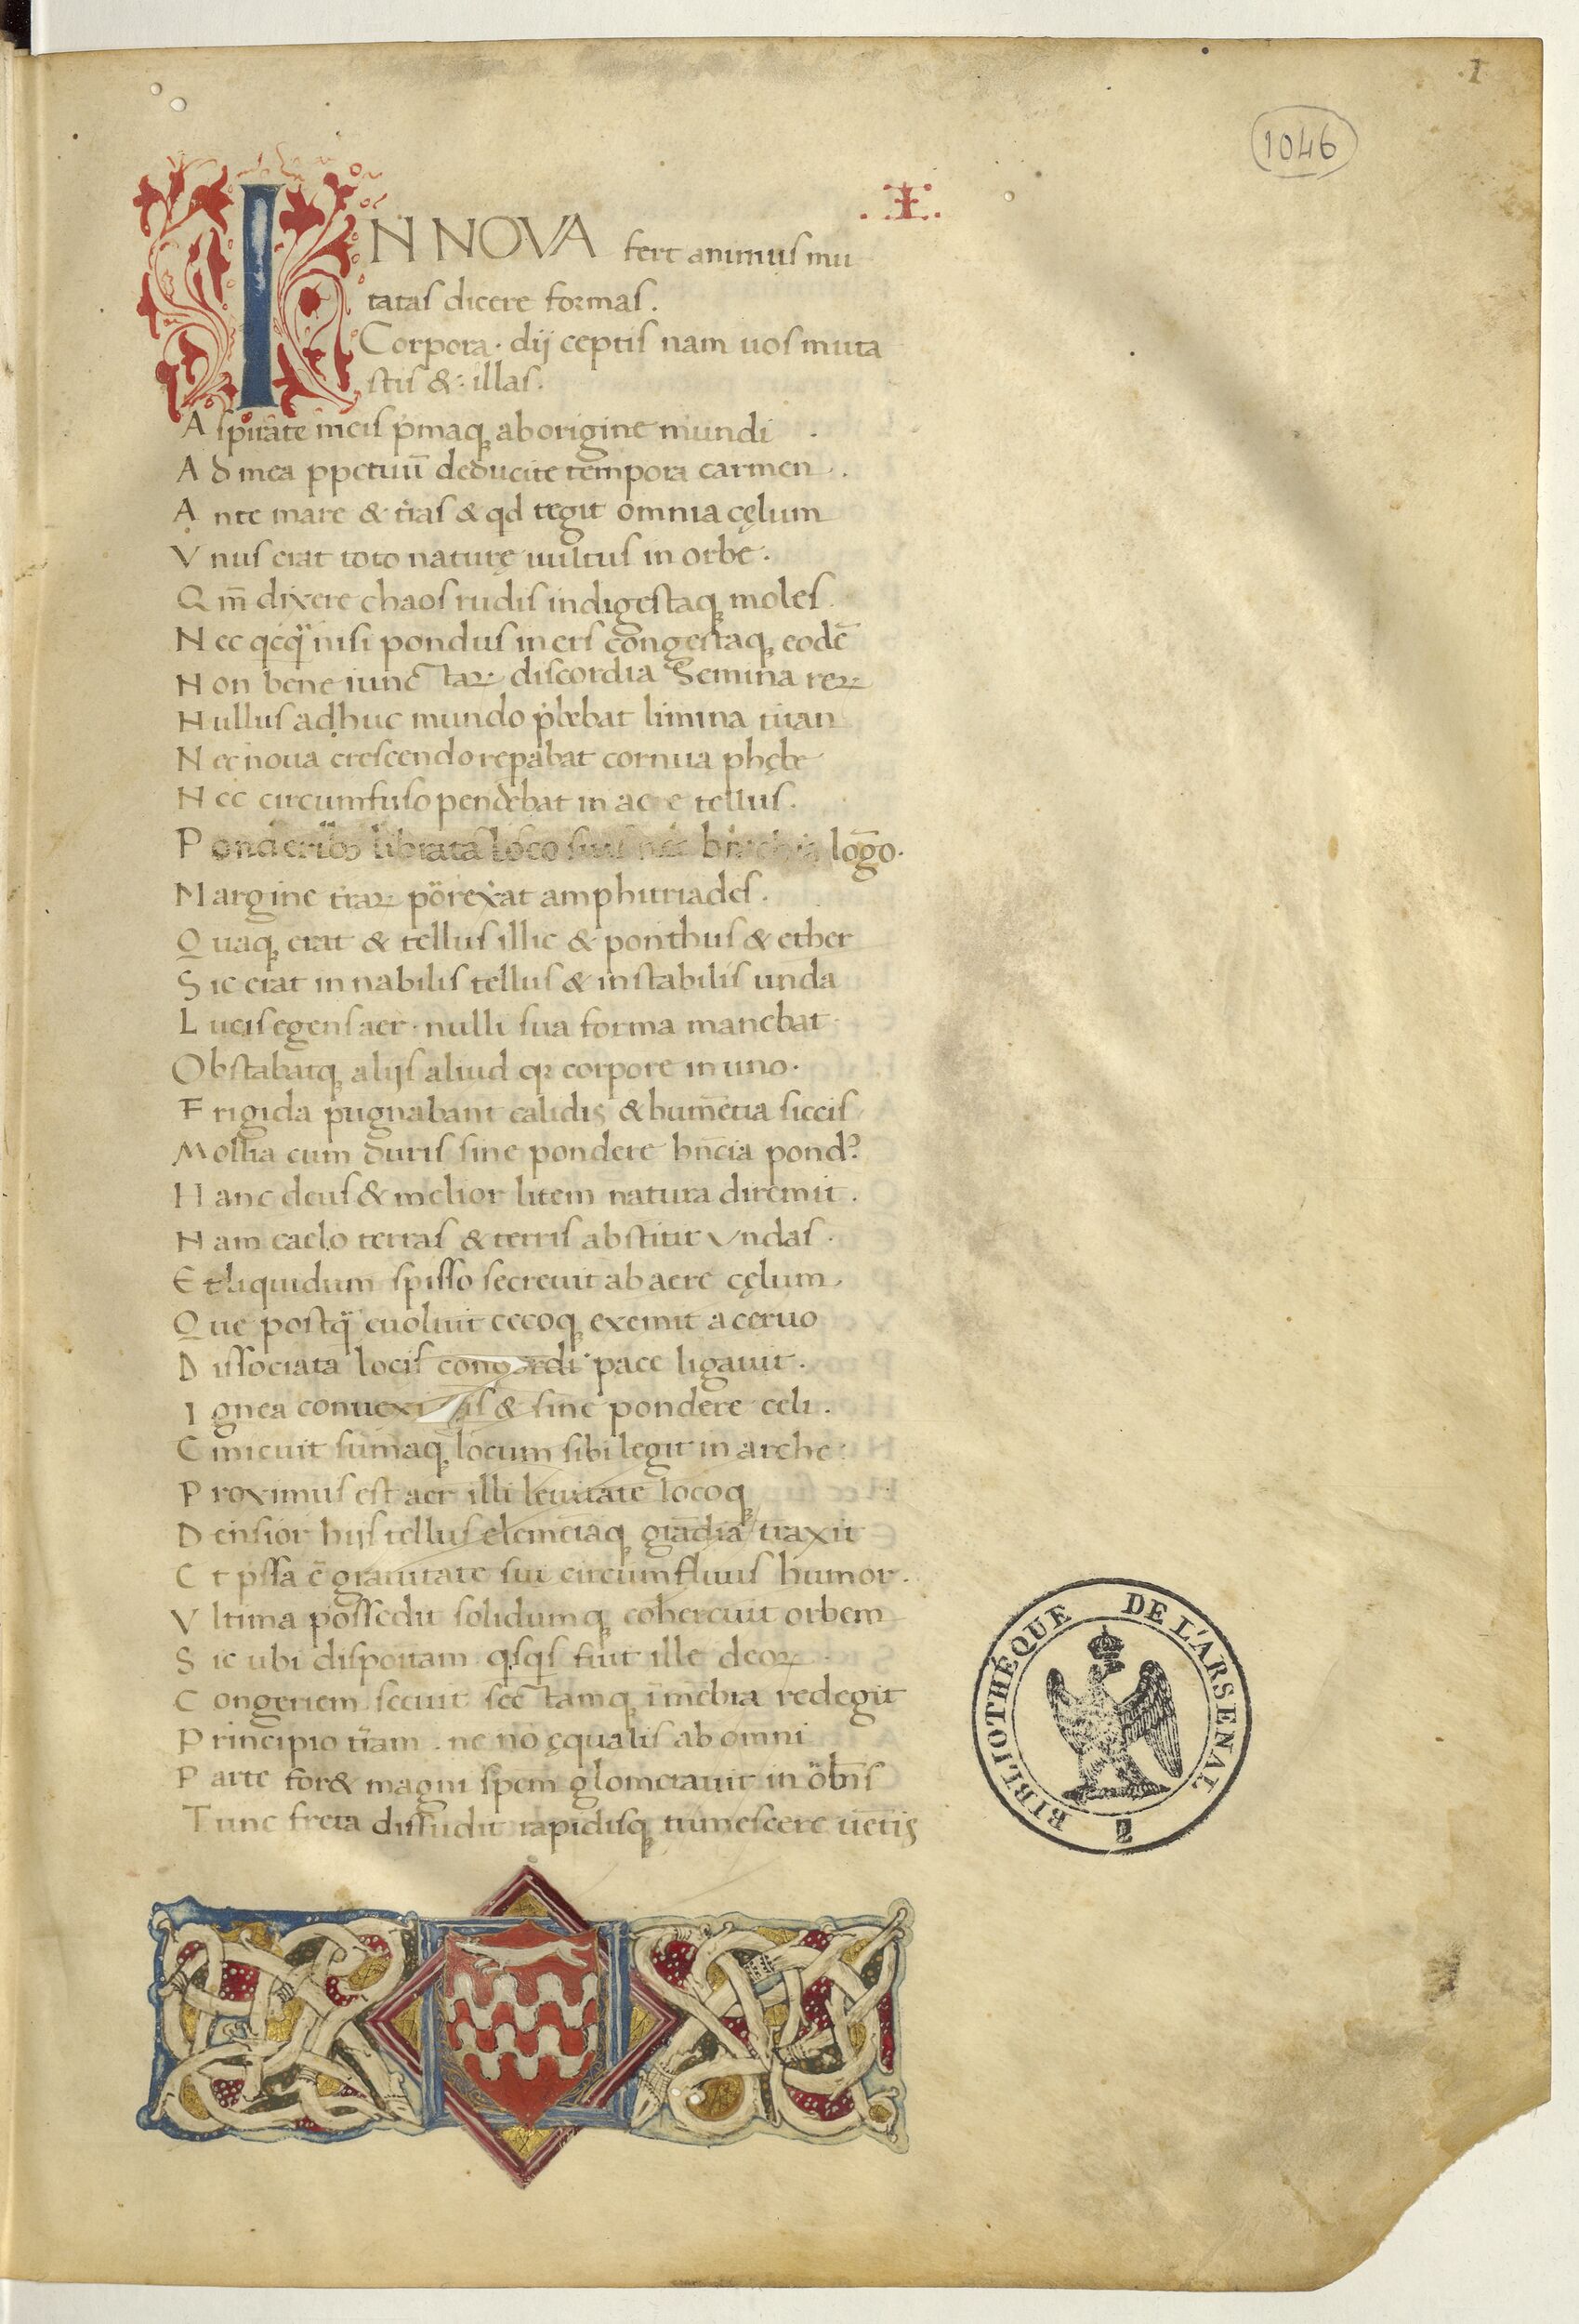
Shelfmark: Paris, BnF, Arsenal ms. 1046
Century: 15